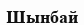
Шынбай